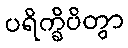
ပရိက္ခိပိတွာ